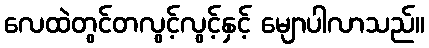
လေထဲတွင်တလွင့်လွင့်နှင့် မျောပါလာသည်။